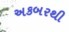
અકબરથી